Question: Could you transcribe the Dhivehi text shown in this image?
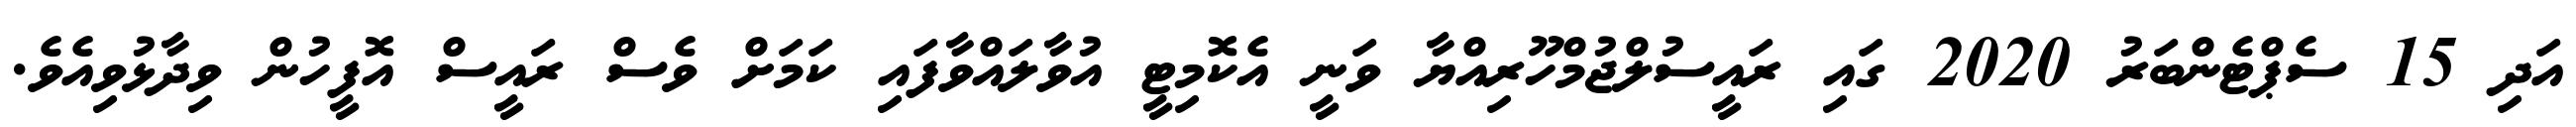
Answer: އަދި 15 ސެޕްޓެންބަރު 2020 ގައި ރައީސުލްޖުމްހޫރިއްޔާ ވަނީ އެކޮމިޓީ އުވާލައްވާފައި ކަމަށް ވެސް ރައީސް އޮފީހުން ވިދާޅުވިއެވެ.